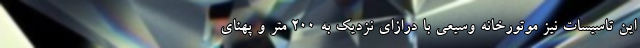
این تاسیسات نیز موتورخانه وسیعی با درازای نزدیک به 200 متر و پهنای